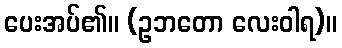
ပေးအပ်၏။ (ဥဘတော လေးဝါရ)။